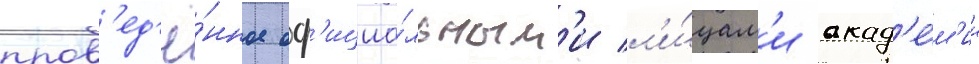
пров'ед'ё́нное оф'ициа́льным'и л'и́цам'и акад'е́м'ии